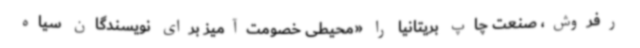
رفروش، صنعت چاپ بریتانیا را «محیطی خصومت‌آمیز برای نویسندگان سیاه